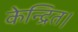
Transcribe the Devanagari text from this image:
केन्द्रित।